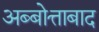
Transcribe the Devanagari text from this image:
अब्बोत्ताबाद